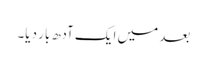
بعد میں ایک آدھ بار دیا۔